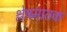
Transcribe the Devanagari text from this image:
श्लेषमातक